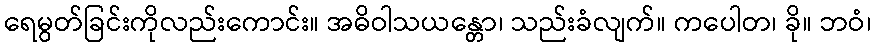
ရေမွတ်ခြင်းကိုလည်းကောင်း။ အဓိဝါသယန္တော၊ သည်းခံလျက်။ ကပေါတ၊ ခို။ ဘဝံ၊